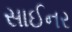
સાઈનર